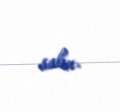
salın.